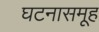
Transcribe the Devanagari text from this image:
घटनासमूह